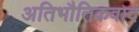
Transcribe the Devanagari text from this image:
अतिभौतिकवाद